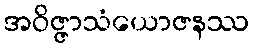
အဝိဇ္ဇာသံယောဇနဿ